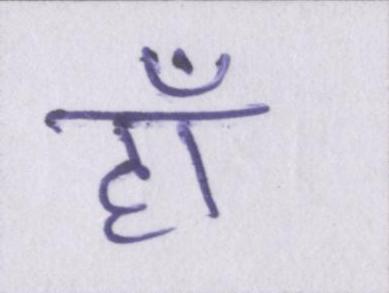
हाँ